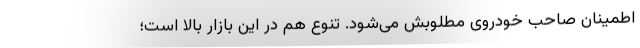
اطمینان صاحب خودروی مطلوبش می‌شود. تنوع هم در این بازار بالا است؛